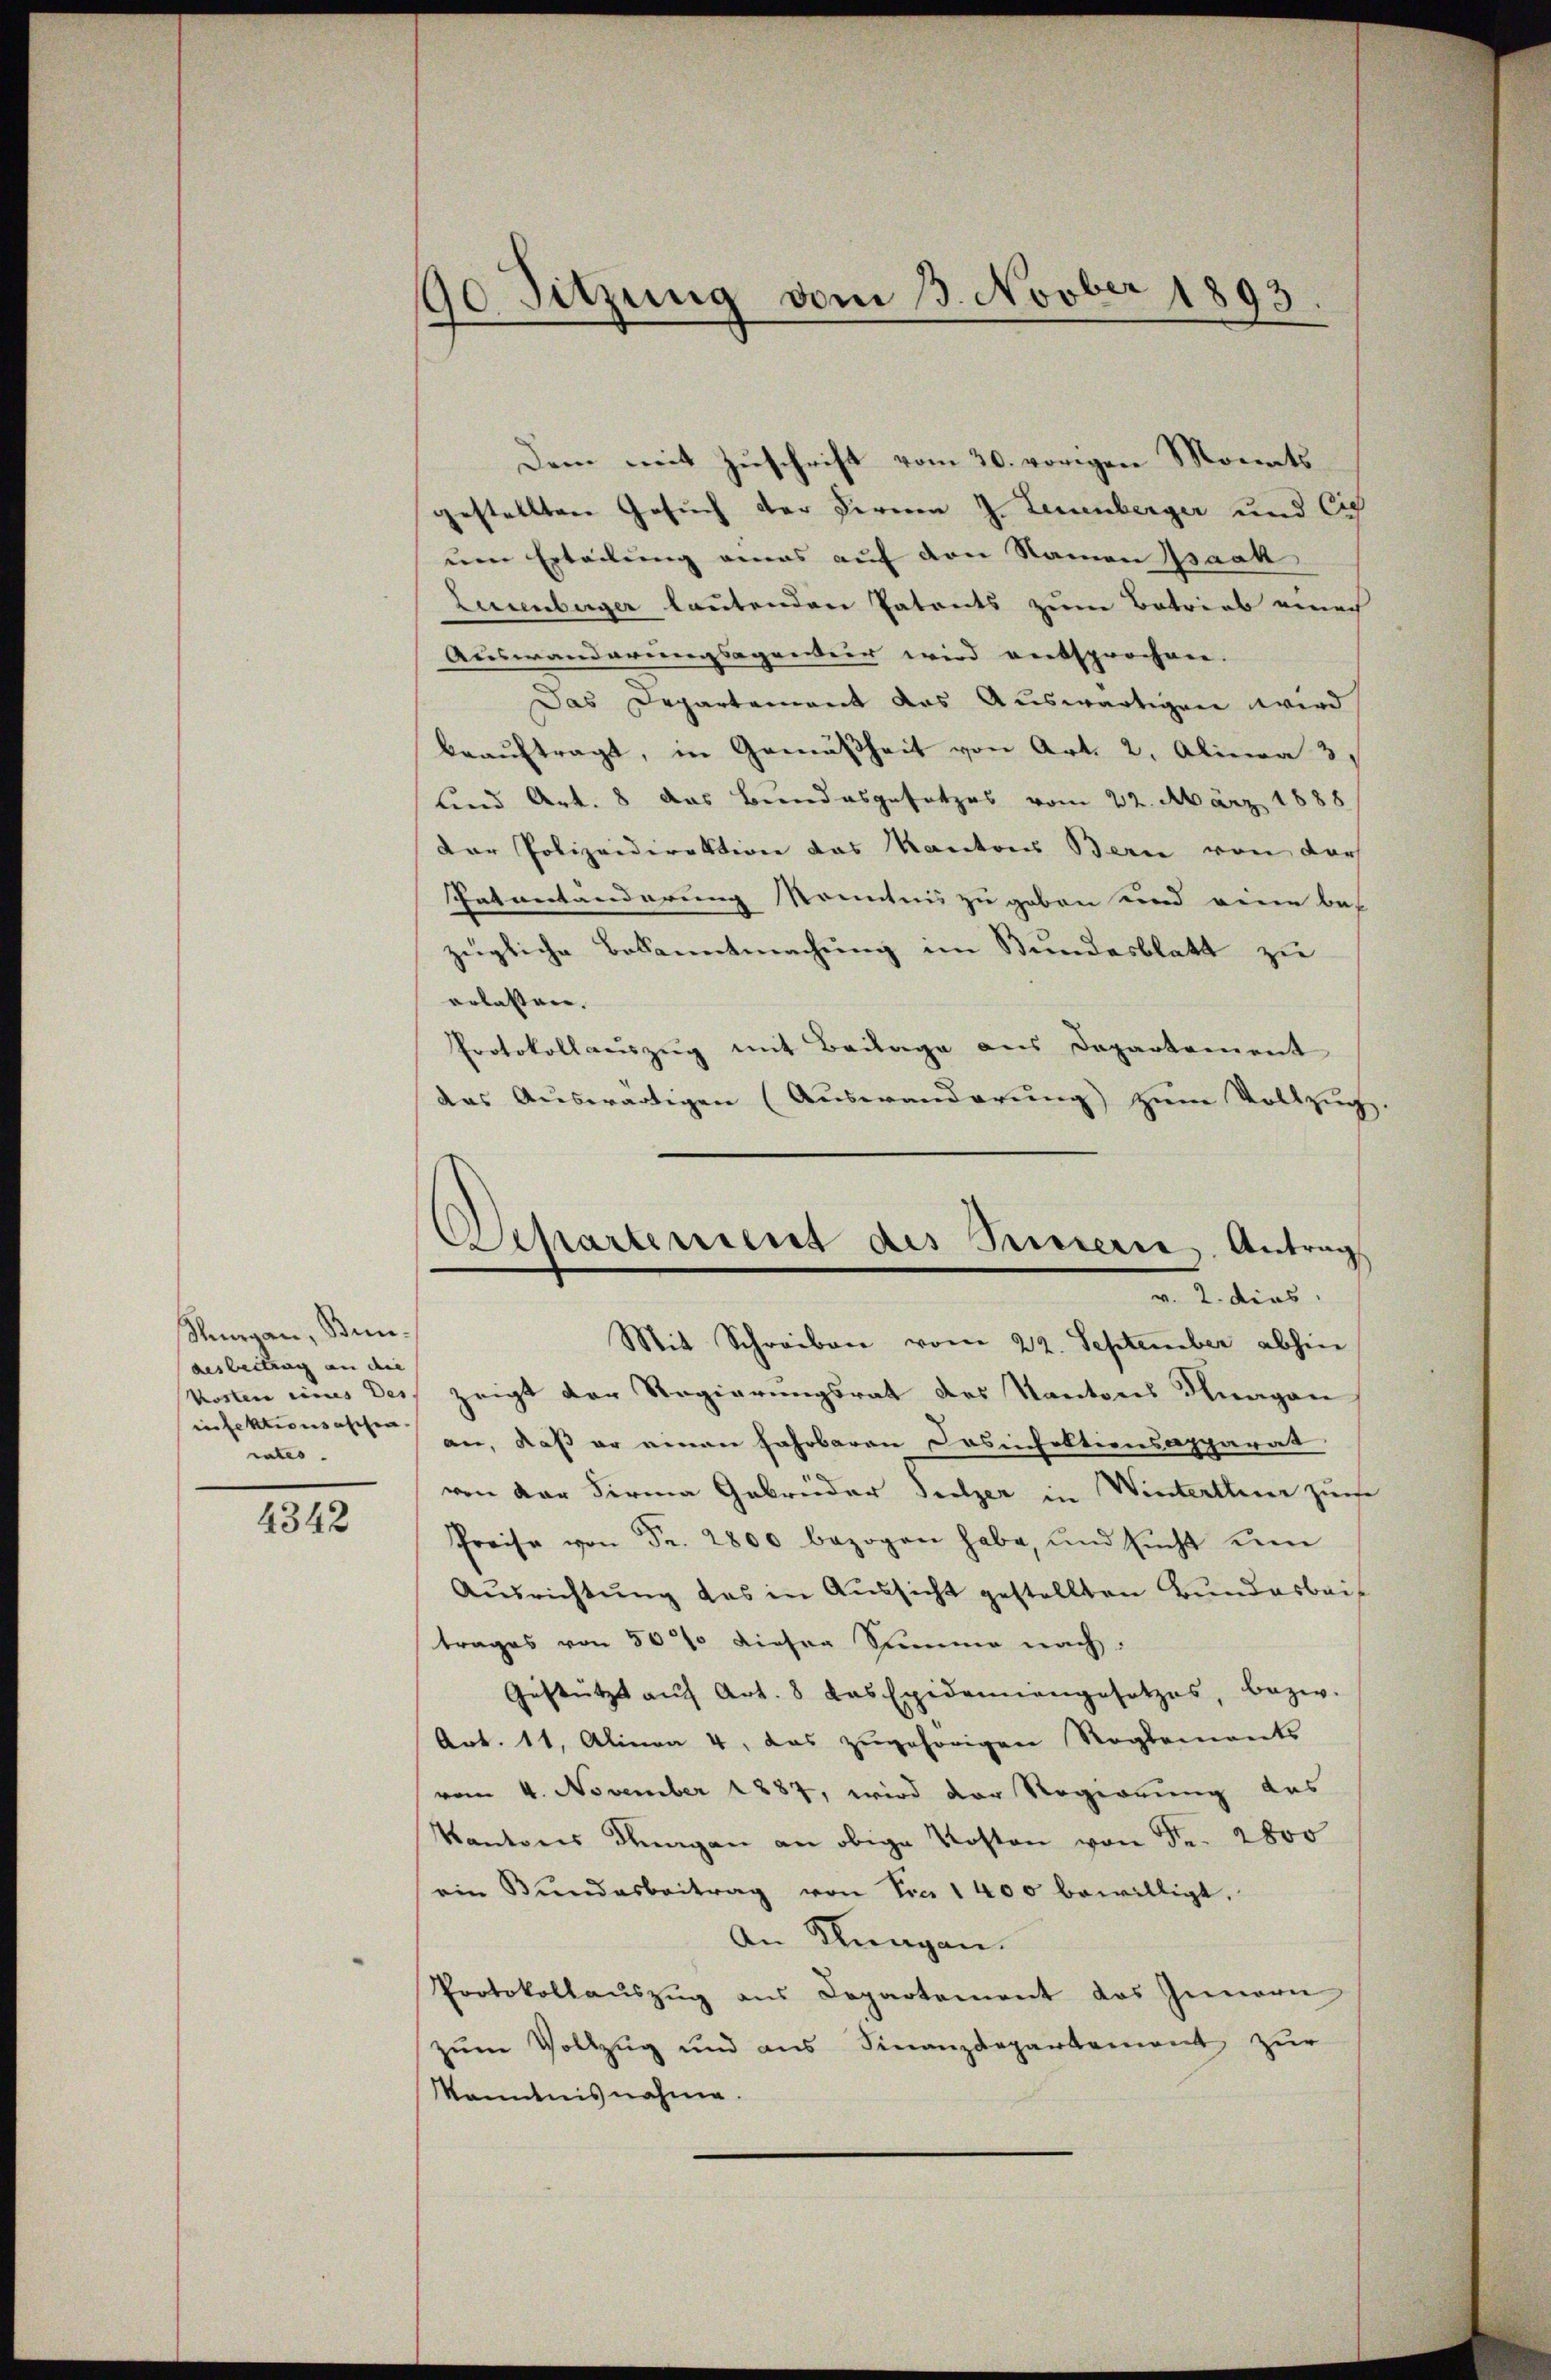
Rungau, Bunaesbeitrag an die
infektionsaschen.
rates.

4342

e
90 Sitzung vom 13. Nov. 1893

Dem mit Zuschrift vom 20. vorigen Monats
gestellten Gesuch der Fernen J. Leuenberger und Cig
um Erteilung amas auf den Namen Isaak
Leuenburger lautenden Patents zum Betrieb einach
Auswanderungsagener wird entsprochen.
Das Departement das Auswärtigen wird
beaŭftragt, in Gemäßheit von Art. 2. Alina 3
und Art. 8 das Bundesgesetzes vom 22. März 1888
Der Polizeidirektion das Kantons Bern von dar
Eatanständerung Kenntnis zu geben und eine bes
zügliche Bekanntmachung im Bundesblatt zu
erlassen.
Protokollauszug mit Beilage aus Departement
das Auswärtigen (Auswanderŭng zŭm Vollzug.

Caspartement des Berne Antrags
v. 2. dies

Mit Schreiben vom 22. September abhin
kosten eines Der zeigt der Regierungsrat des Kantons Knagen
an, daß er einen Fahrbaren Casinfektionsapparat
von der Firma Gebrüder Seelzer in Winterthur zur
Preise von Fr. 2800 bezogen habe, und sŭcht um
Ausrichtung das in Aussicht gestellten Bundarbeit
trages von 501 dieser Stimme nach:
Gestützt aŭf Art. 8 das Epidemiengesetzes, bezw.
Art. 11, Alinea 4, das zugehörigen Reglements
vom 4. November 1887, wird der Regierung das
Kantons Fragen an obige Kosten von Fr. 2800
ein Bŭndesbeitrag von Pra 1400 bewilligt.
An Klingen.
Protokollauszug aus Departement das Innern
zum Vollzug und ans Finanzdepartement zŭr
kanntnisnahme.